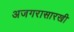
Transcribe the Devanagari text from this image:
अजगरासारखी